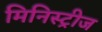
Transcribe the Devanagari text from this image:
मिनिस्ट्रीज